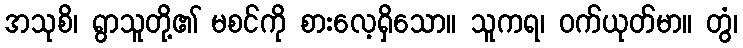
အသုစိ၊ ရွာသူတို့၏ မစင်ကို စားလေ့ရှိသော။ သူကရ၊ ဝက်ယုတ်မာ။ တွံ၊